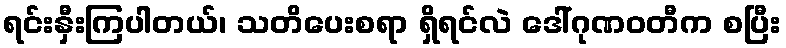
ရင်းနှီးကြပါတယ်၊ သတိပေးစရာ ရှိရင်လဲ ဒေါ်ဂုဏဝတီက စပြီး